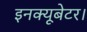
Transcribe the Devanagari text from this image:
इनक्यूबेटर।